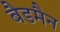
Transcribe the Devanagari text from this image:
बैडमैन